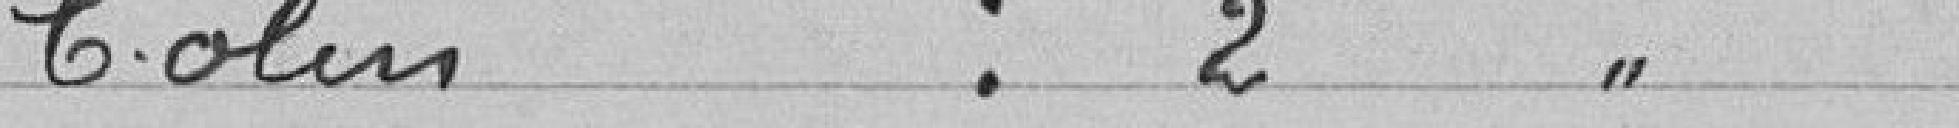
COLIN : 2 voix